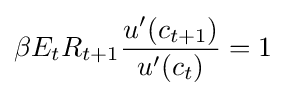
\beta E_{t}R_{t+1}{\frac {u^{\prime }(c_{t+1})}{u^{\prime }(c_{t})}}=1